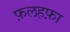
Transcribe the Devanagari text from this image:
फ़लहफ़ा